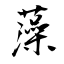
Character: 藻